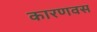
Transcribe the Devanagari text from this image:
कारणवस